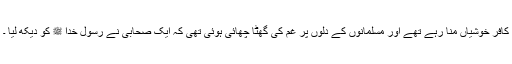
کافر خوشیاں منا رہے تھے اور مسلمانوں کے دلوں پر غم کی گھٹا چھائی ہوئی تھی کہ ایک صحابی نے رسول خدا ﷺ کو دیکھ لیا ۔